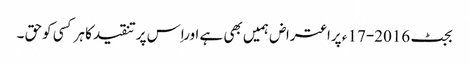
بجٹ 2016-17 ء پراعتراض ہمیں بھی ہے اوراِس پرتنقیدکا ہرکسی کوحق ۔